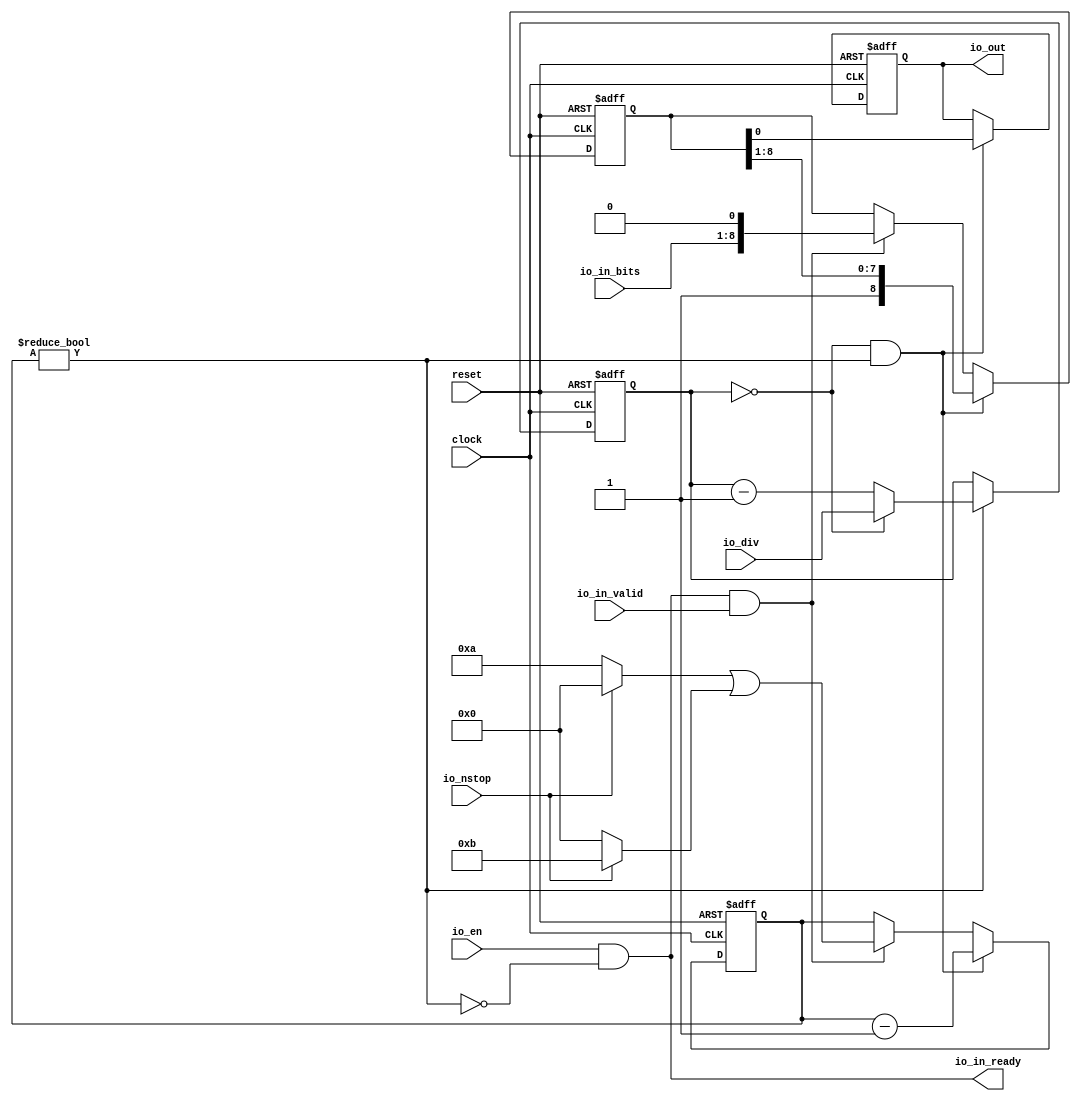
 /*                                                                      
 Copyright 2017 Silicon Integrated Microelectronics, Inc.                
                                                                         
 Licensed under the Apache License, Version 2.0 (the "License");         
 you may not use this file except in compliance with the License.        
 You may obtain a copy of the License at                                 
                                                                         
     http://www.apache.org/licenses/LICENSE-2.0                          
                                                                         
  Unless required by applicable law or agreed to in writing, software    
 distributed under the License is distributed on an "AS IS" BASIS,       
 WITHOUT WARRANTIES OR CONDITIONS OF ANY KIND, either express or implied.
 See the License for the specific language governing permissions and     
 limitations under the License.                                          
 */                                                                      
                                                                         
                                                                         
                                                                         
module sirv_uarttx(
  input   clock,
  input   reset,
  input   io_en,
  output  io_in_ready,
  input   io_in_valid,
  input  [7:0] io_in_bits,
  output  io_out,
  input  [15:0] io_div,
  input   io_nstop
);
  reg [15:0] prescaler;
  reg [31:0] GEN_6;
  wire  pulse;
  reg [3:0] counter;
  reg [31:0] GEN_7;
  reg [8:0] shifter;
  reg [31:0] GEN_8;
  reg  out;
  reg [31:0] GEN_9;
  wire  busy;
  wire  T_32;
  wire  T_33;
  wire  T_34;
  wire  T_36;
  wire [8:0] T_38;
  wire  T_40;
  wire [3:0] T_46;
  wire [3:0] T_48;
  wire [3:0] T_50;
  wire [3:0] T_51;
  wire [8:0] GEN_0;
  wire [3:0] GEN_1;
  wire [16:0] T_53;
  wire [15:0] T_54;
  wire [15:0] T_55;
  wire [15:0] GEN_2;
  wire  T_56;
  wire [4:0] T_58;
  wire [3:0] T_59;
  wire [7:0] T_61;
  wire [8:0] T_62;
  wire  T_63;
  wire [3:0] GEN_3;
  wire [8:0] GEN_4;
  wire  GEN_5;
  assign io_in_ready = T_33;
  assign io_out = out;
  assign pulse = prescaler == 16'h0;
  assign busy = counter != 4'h0;
  assign T_32 = busy == 1'h0;
  assign T_33 = io_en & T_32;
  assign T_34 = io_in_ready & io_in_valid;
  assign T_36 = reset == 1'h0;
  assign T_38 = {io_in_bits,1'h0};
  assign T_40 = io_nstop == 1'h0;
  assign T_46 = T_40 ? 4'ha : 4'h0;
  assign T_48 = io_nstop ? 4'hb : 4'h0;
  assign T_50 = T_46 | T_48;
  assign T_51 = T_50;
  assign GEN_0 = T_34 ? T_38 : shifter;
  assign GEN_1 = T_34 ? T_51 : counter;
  assign T_53 = prescaler - 16'h1;
  assign T_54 = T_53[15:0];
  assign T_55 = pulse ? io_div : T_54;
  assign GEN_2 = busy ? T_55 : prescaler;
  assign T_56 = pulse & busy;
  assign T_58 = counter - 4'h1;
  assign T_59 = T_58[3:0];
  assign T_61 = shifter[8:1];
  assign T_62 = {1'h1,T_61};
  assign T_63 = shifter[0];
  assign GEN_3 = T_56 ? T_59 : GEN_1;
  assign GEN_4 = T_56 ? T_62 : GEN_0;
  assign GEN_5 = T_56 ? T_63 : out;

  always @(posedge clock or posedge reset)
    if (reset) begin
      prescaler <= 16'h0;
    end else begin
      if (busy) begin
        if (pulse) begin
          prescaler <= io_div;
        end else begin
          prescaler <= T_54;
        end
      end
    end

  always @(posedge clock or posedge reset)
    if (reset) begin
      counter <= 4'h0;
    end else begin
      if (T_56) begin
        counter <= T_59;
      end else begin
        if (T_34) begin
          counter <= T_51;
        end
      end
    end



  always @(posedge clock or posedge reset)
  if (reset) begin
      shifter <= 9'b0;
  end
  else begin
    if (T_56) begin
      shifter <= T_62;
    end else begin
      if (T_34) begin
        shifter <= T_38;
      end
    end
  end


  always @(posedge clock or posedge reset)
    if (reset) begin
      out <= 1'h1;
    end else begin
      if (T_56) begin
        out <= T_63;
      end
    end

    //`ifndef SYNTHESIS
    //`ifdef PRINTF_COND
    //  if (`PRINTF_COND) begin
    //`endif
    //    if (T_34 & T_36) begin
    //      $fwrite(32'h80000002,"%c",io_in_bits);
    //    end
    //`ifdef PRINTF_COND
    //  end
    //`endif
    //`endif

    //synopsys translate_off
  always @(posedge clock or posedge reset) begin
        if (T_34 & T_36) begin
          $fwrite(32'h80000002,"%c",io_in_bits);
        end
  end
    //synopsys translate_on
endmodule